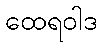
ထေရဝါဒ